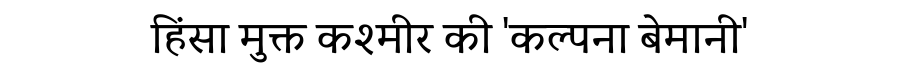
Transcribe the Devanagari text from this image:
हिंसा मुक्त कश्मीर की 'कल्पना बेमानी'